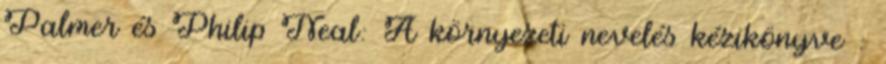
Palmer és Philip Neal: A környezeti nevelés kézikönyve :